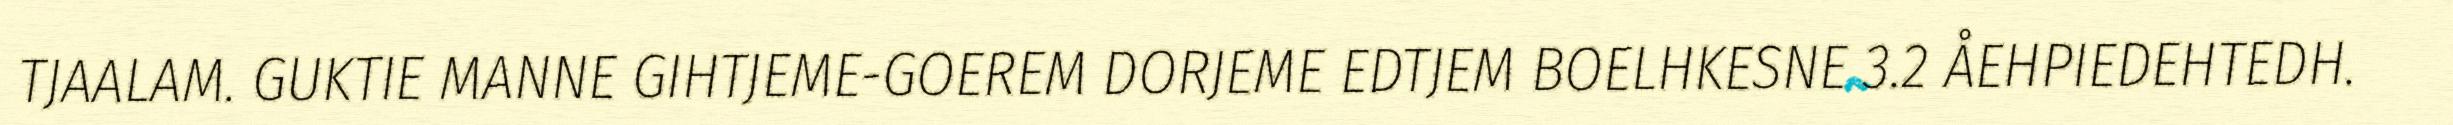
TJAALAM. GUKTIE MANNE GIHTJEME-GOEREM DORJEME EDTJEM BOELHKESNE 3.2 ÅEHPIEDEHTEDH.